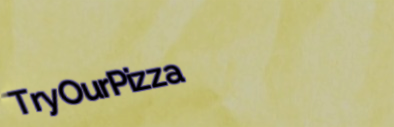
TryOurPizza